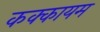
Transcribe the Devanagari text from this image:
कक्कायम